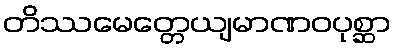
တိဿမေတ္တေယျမာဏဝပုစ္ဆာ